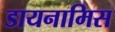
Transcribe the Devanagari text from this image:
डायनामिस